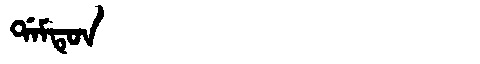
Manchu: ᡩᠠᠮᡨᡠᠨ
Romanization: DAMTUN